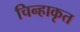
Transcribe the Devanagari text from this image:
चिन्हाकृत